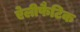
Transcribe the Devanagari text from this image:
ऐलीफैटिक